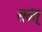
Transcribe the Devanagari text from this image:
सवंत्